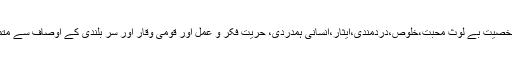
ان کی شخصیت بے لوث محبت،خلوص،دردمندی،ایثار،انسانی ہمدردی، حریت فکر و عمل اور قومی وقار اور سر بلندی کے اوصاف سے متمتع تھی۔